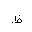
Letter: _za